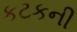
કટકની